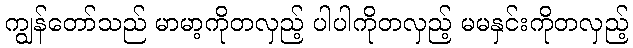
ကျွန်တော်သည် မာမာ့ကိုတလှည့် ပါပါကိုတလှည့် မမနှင်းကိုတလှည့်